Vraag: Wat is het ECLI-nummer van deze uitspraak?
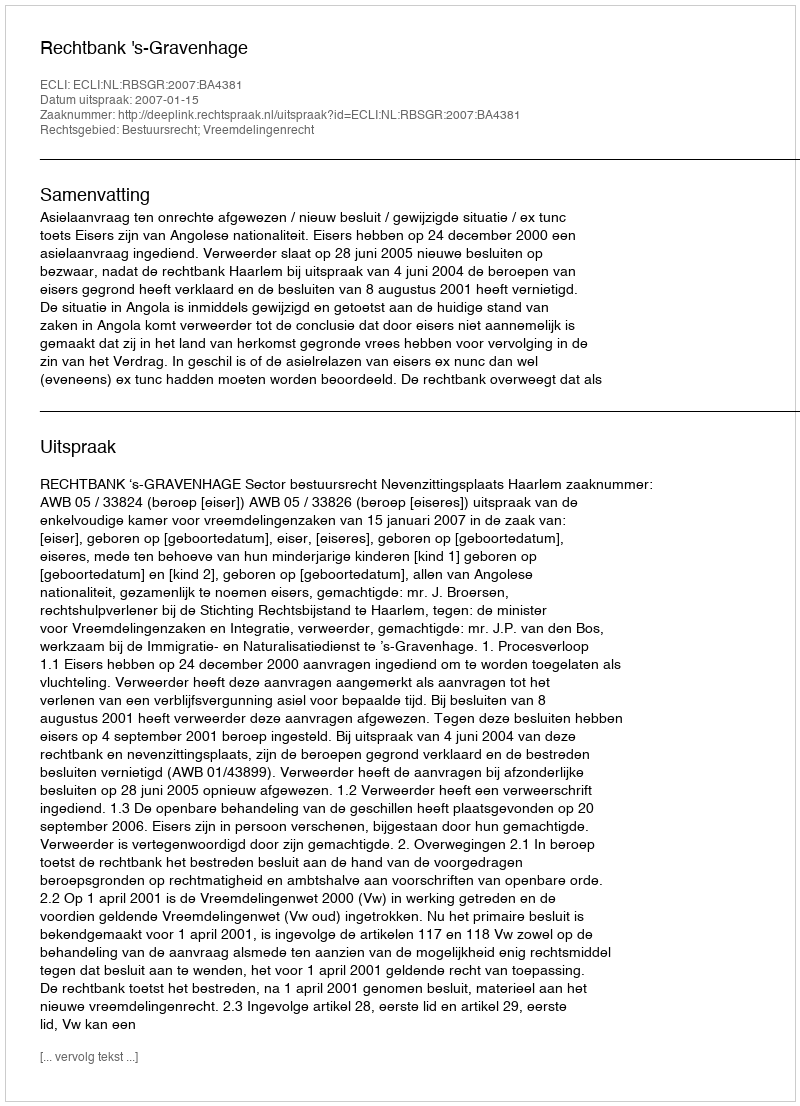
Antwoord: ECLI:NL:RBSGR:2007:BA4381